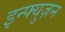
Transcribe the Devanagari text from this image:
इन्फ्युज़न